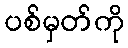
ပစ်မှတ်ကို